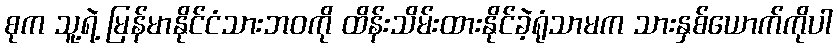
စုက သူ့ရဲ့ မြန်မာနိုင်ငံသားဘဝကို ထိန်းသိမ်းထားနိုင်ခဲ့ရုံသာမက သားနှစ်ယောက်ကိုပါ